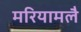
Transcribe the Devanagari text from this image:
मरियामलै